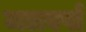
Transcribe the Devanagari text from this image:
जलवर्षा